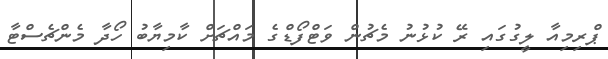
ޕްރިމިއާ ލީގުގައި ރޭ ކުޅުނު މެޗުން ވަޓްފޯޑްގެ މައްޗަށް ކާމިޔާބު ހޯދާ މެންޗެސްޓާ